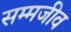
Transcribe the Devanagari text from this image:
सम्मजीव